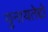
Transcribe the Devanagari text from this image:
युनायतेद्दो